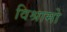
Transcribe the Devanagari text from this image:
विश्रामो